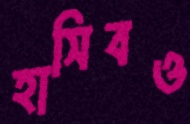
হাসিবও